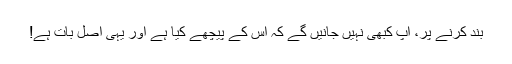
بند کرنے پر، آپ کبھی نہیں جانیں گے کہ اس کے پیچھے کیا ہے اور یہی اصل بات ہے!